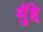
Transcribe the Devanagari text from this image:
मुँहे